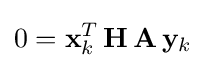
0=\mathbf {x} _{k}^{T}\,\mathbf {H} \,\mathbf {A} \,\mathbf {y} _{k}